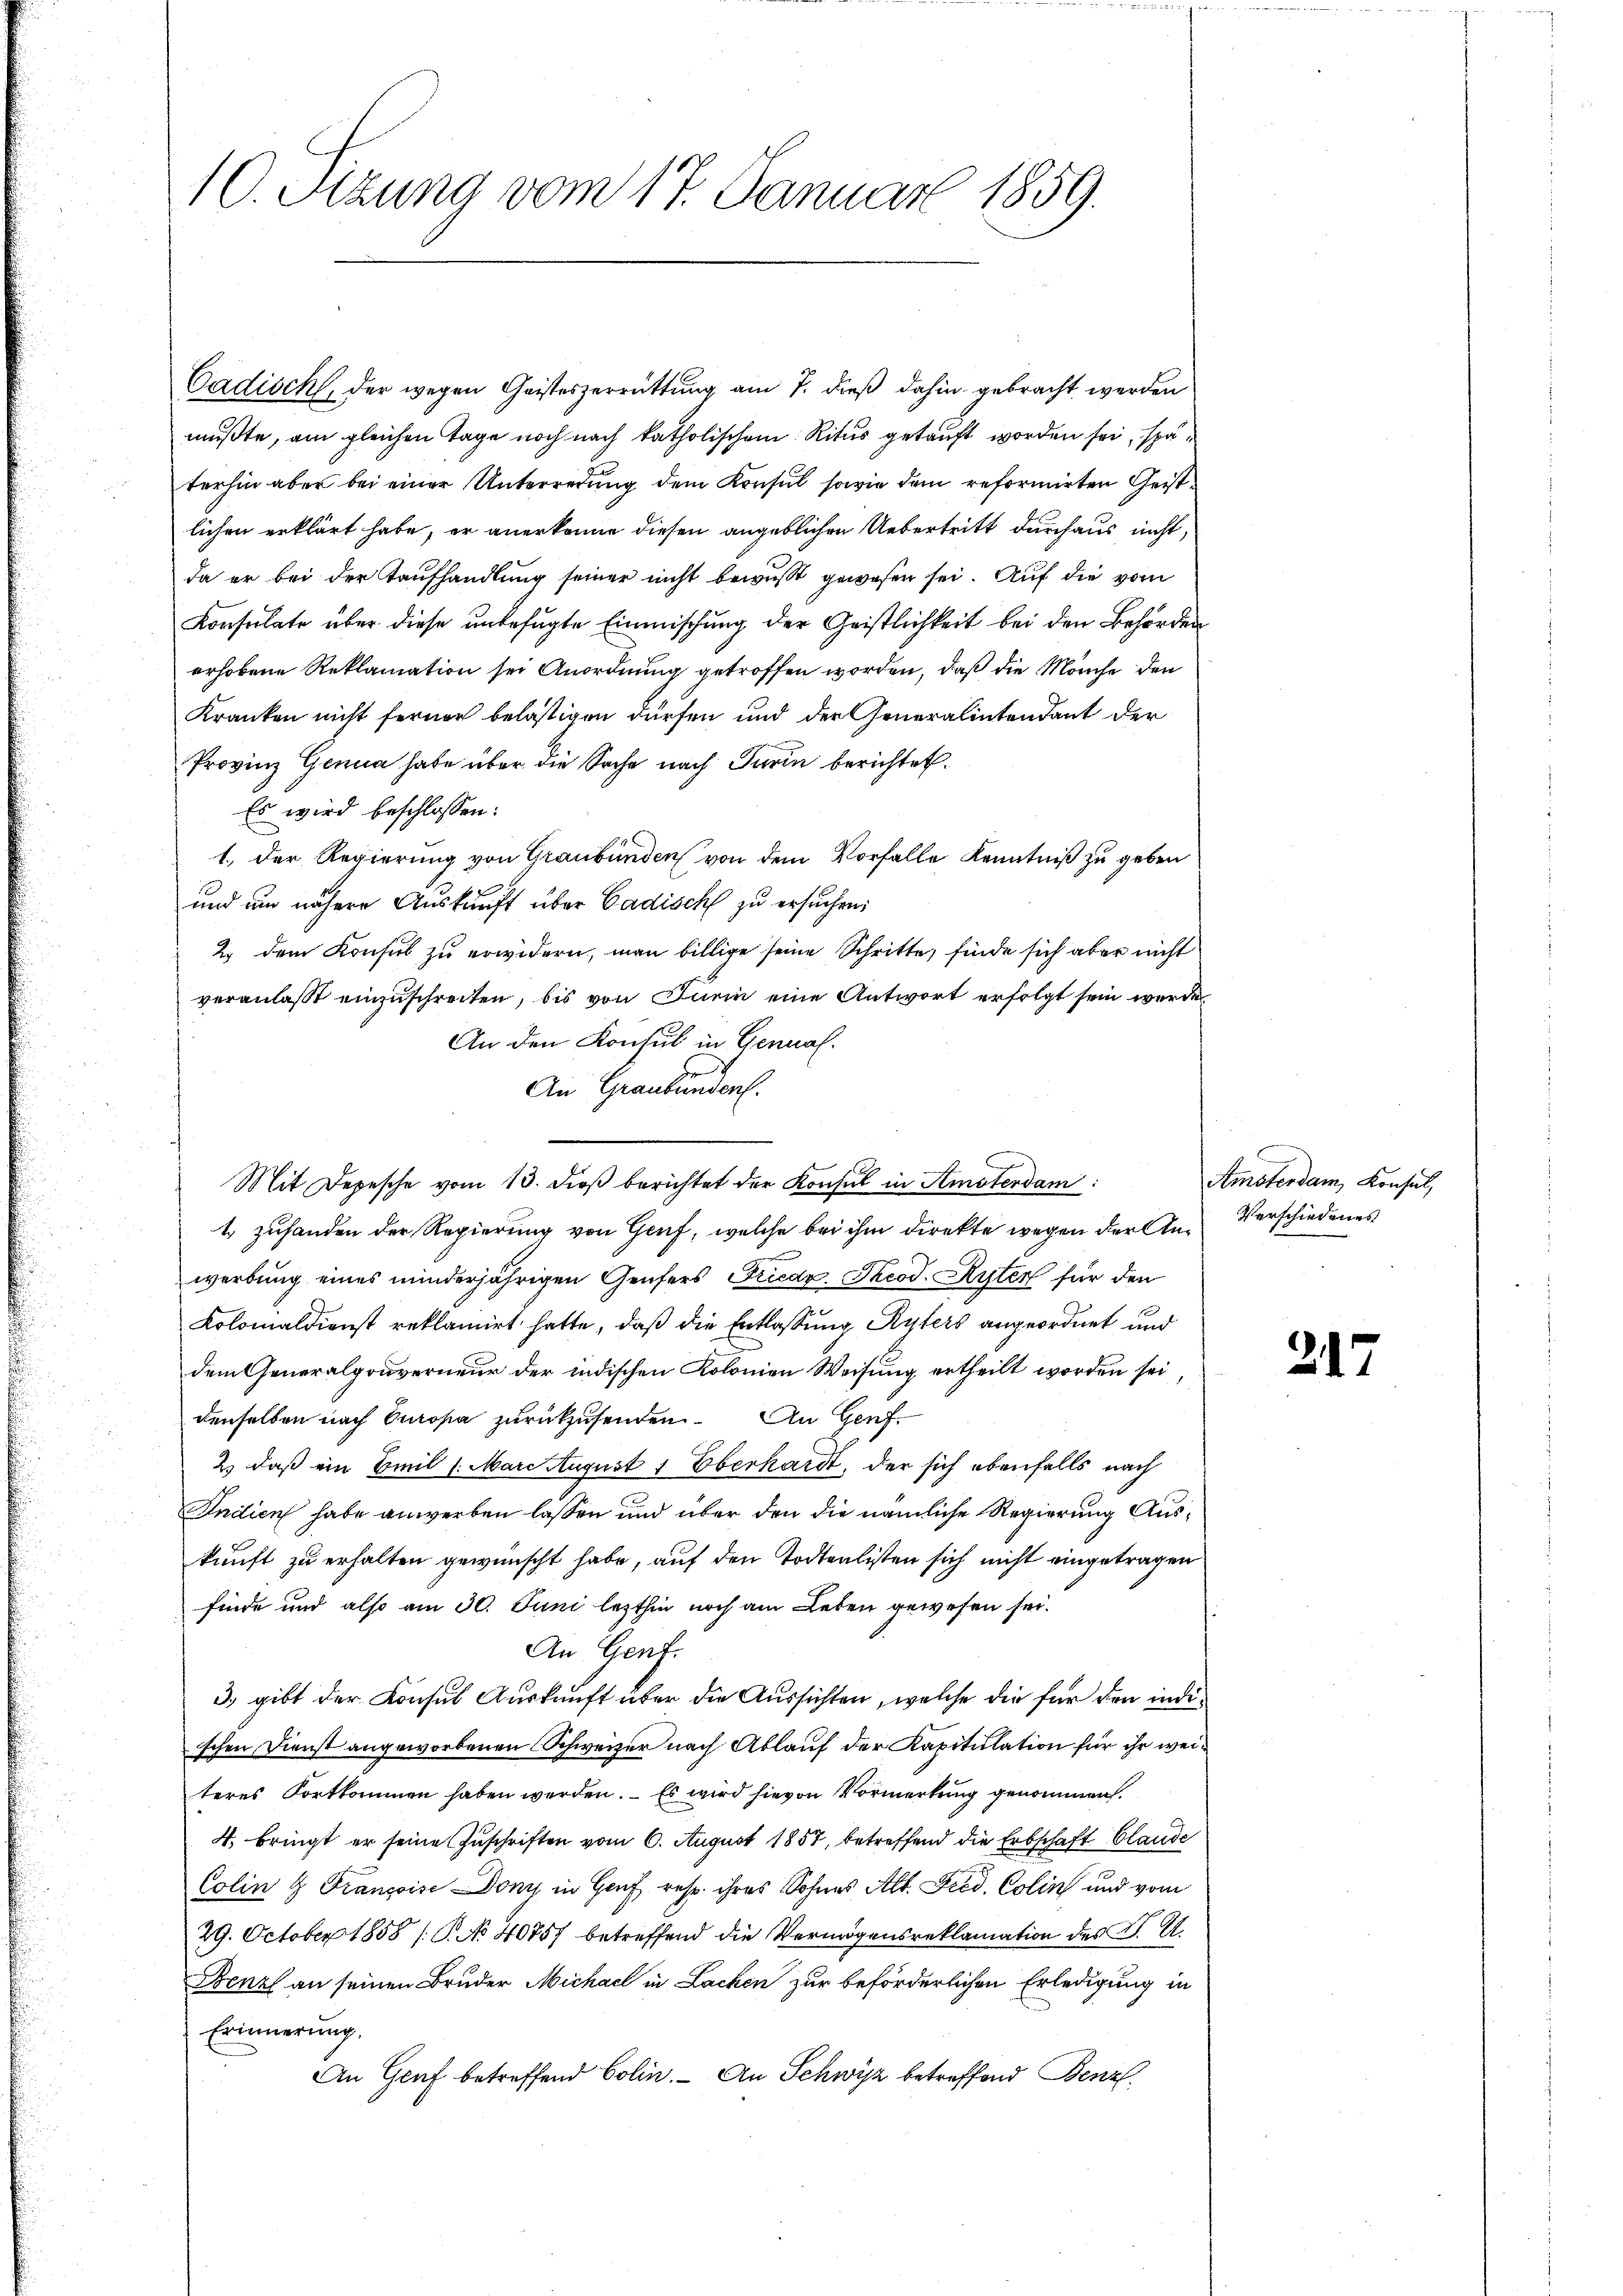
10. Sitzung vom 17. Januar 1859.

Cadisch, der wegen Geisteszerrüttung am 7. dieß dahin gebracht werden
mußte, am gleichen Tage noch nach katholischem Ritus getauft worden sei, späterhin aber bei einer Unterredung dem Konsul sowie dem reformirten Geistlichen erklärt habe, er anerkenne diesen angeblichen Uebertritt durchaus nicht,
da er bei der Taufhandlung seiner nicht bewusst gewesen sei. Auf die vom
Konsulate über diese unbefugte Einmischung der Geistlichkeit bei den Behörden
erhobene Reklamation sei Anordnung getroffen worden, daß die Mönche den
Kranken nicht ferner belästigen dürfen und der Generalintendant der
Provinz Genua habe über die Sache nach Turin berichtet.
Es wird beschlossen:
1.) Der Regierung von Graubünden von dem Vorfalle Kenntniß zu geben
und um nähere Auskunft über Cadisch zu ersuchen:
2. dem Konsul zu erwidern, man billige seine Schritte, finde sich aber nicht
veranlaßt einzuschreiten, bis von Turin eine Antwort erfolgt sein werde
An den Konsul in Genual.
An Graubünden.
Mit Depesche vom 13. dieß berichtet der Konsul in Amsterdam
1 zuhanden der Regierung von Genf, welche bei ihm direkte wegen der Anwerbung eines minderjährigen Genfers Friedr. Theod. Kyter für den
Kolomaldienst reklamirt hatte, daß die Entlassung Kyfers angeordnet und
dem Generalgouverneur der indischen Kolonien Weisung ertheilt worden sei
denselben nach Europa zurückzusenden. An Genf
2) daß ein Emil /: Marc August 1 Eberhardt, der sich ebenfalls nach
Indien habe anwerben lassen und über den die nämliche Regierung Auskunft zu erhalten gewünscht habe, auf den Todtenlisten sich nicht eingetragen
finde und also am 30. Juni lezthin noch am Leben gewesen sei.
An Gent.
3) gibt der Konsul Auskunft über die Aussichten, welche die für den indischen Dienst angeworbenen Schweizer nach Ablauf der Kapitulation für ihr weiteres Fortkommen haben werden. – Es wird hievon Vormerkung genommen.
4. bringt er seine Zuschriften vom 6. August 1857, betreffend die Erbschaft Claude
Colin & Françoise Dony in Genf, resp. ihres Sohnes Alt. Fred. Colin und vom
29. October 1858 (S. 40757 betreffend die Vermögensreklamation des K. A.
Fenzl an seinen Bruder Michael in Lachen zur beförderlichen Erledigung in
Erinnerung.
An Genf betreffend Colin. - An Schwyz betreffend Benz

Amsterdam Konsul,
Verschiedenes

247